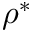
\rho ^ { * }